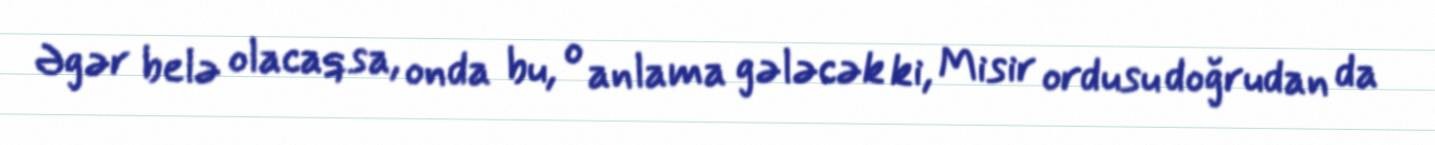
Əgər belə olacaqsa, onda bu, o anlama gələcək ki, Misir ordusu doğrudan da